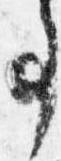
事